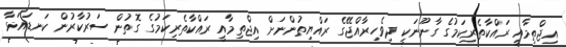
އިޖްތިމާއީ ރައްކާތެރިކަމުގެ ގާނޫނަކީ ދިވެހިރާއްޖޭގެ ރައްޔިތުންނަށް އިޖްތިމާއީ ރައްކާތެރިކަމުގެ ގޮތުން ސަރުކާރުން ކަނޑައަޅާ